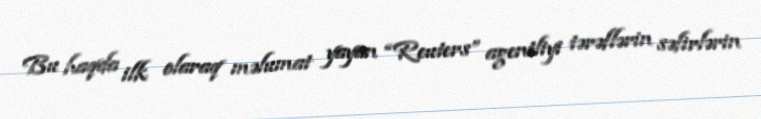
Bu haqda ilk olaraq məlumat yayan “Reuters” agentliyi tərəflərin səfirlərin